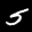
Label: 5